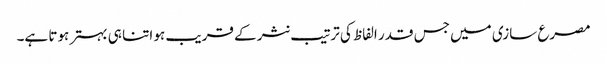
مصرع سازی میں جس قدر الفاظ کی ترتیب نثر کے قریب ہو اتنا ہی بہتر ہوتا ہے۔